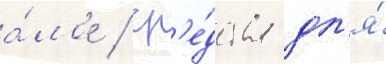
а́лое / ср'е́дства дл'я́